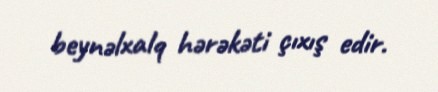
beynəlxalq hərəkəti çıxış edir.